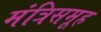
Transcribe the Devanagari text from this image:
मंत्रिसमूह